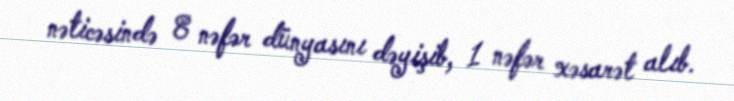
nəticəsində 8 nəfər dünyasını dəyişib, 1 nəfər xəsarət alıb.